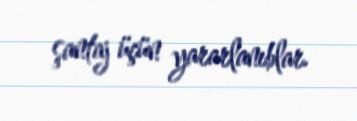
şantaj üçün yararlanıblar.